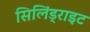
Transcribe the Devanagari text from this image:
सिलिंड्राइट